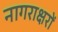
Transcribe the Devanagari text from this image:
नागराक्षरों